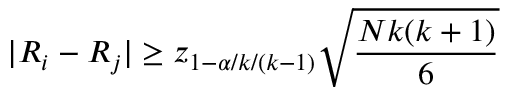
| R _ { i } - R _ { j } | \geq z _ { 1 - \alpha / k / ( k - 1 ) } \sqrt { \frac { N k ( k + 1 ) } { 6 } }